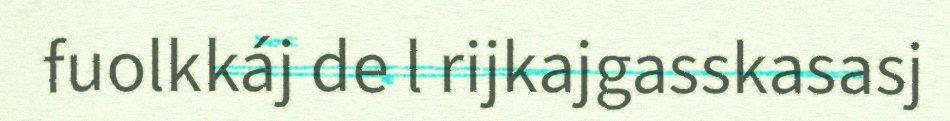
fuolkkáj de l rijkajgasskasasj